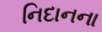
નિદાનના